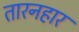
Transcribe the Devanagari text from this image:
तारनहार